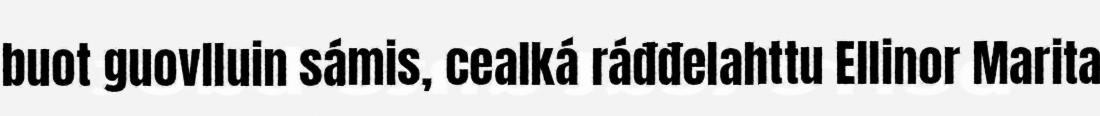
buot guovlluin sámis, cealká ráđđelahttu Ellinor Marita